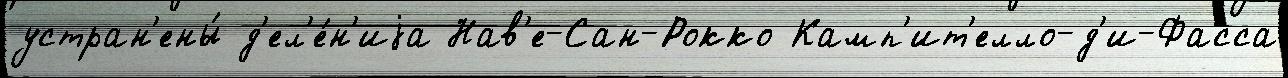
устран'ены́ д'ел'е́н'иjа Нав'е-Сан-Рокко Камп'ит'елло-д'и-Фасса